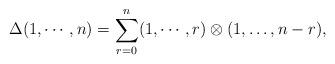
LaTeX: \begin{align*}\Delta(1,\cdots,n)=\sum_{r=0}^{n}(1,\cdots,r)\otimes(1,\dots,n-r),\end{align*}